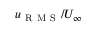
u _ { \mathrm { ~ R ~ M ~ S ~ } } / U _ { \infty }